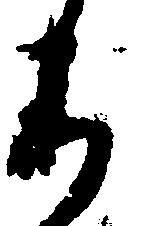
り